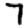
Digit: 7